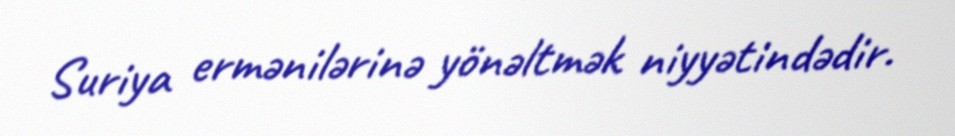
Suriya ermənilərinə yönəltmək niyyətindədir.